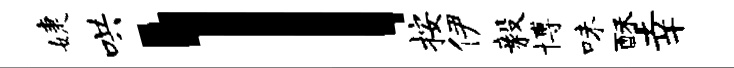
婕哄l按伊毅博味酥幸